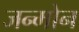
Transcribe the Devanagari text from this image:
जन्मोन